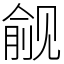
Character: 觎